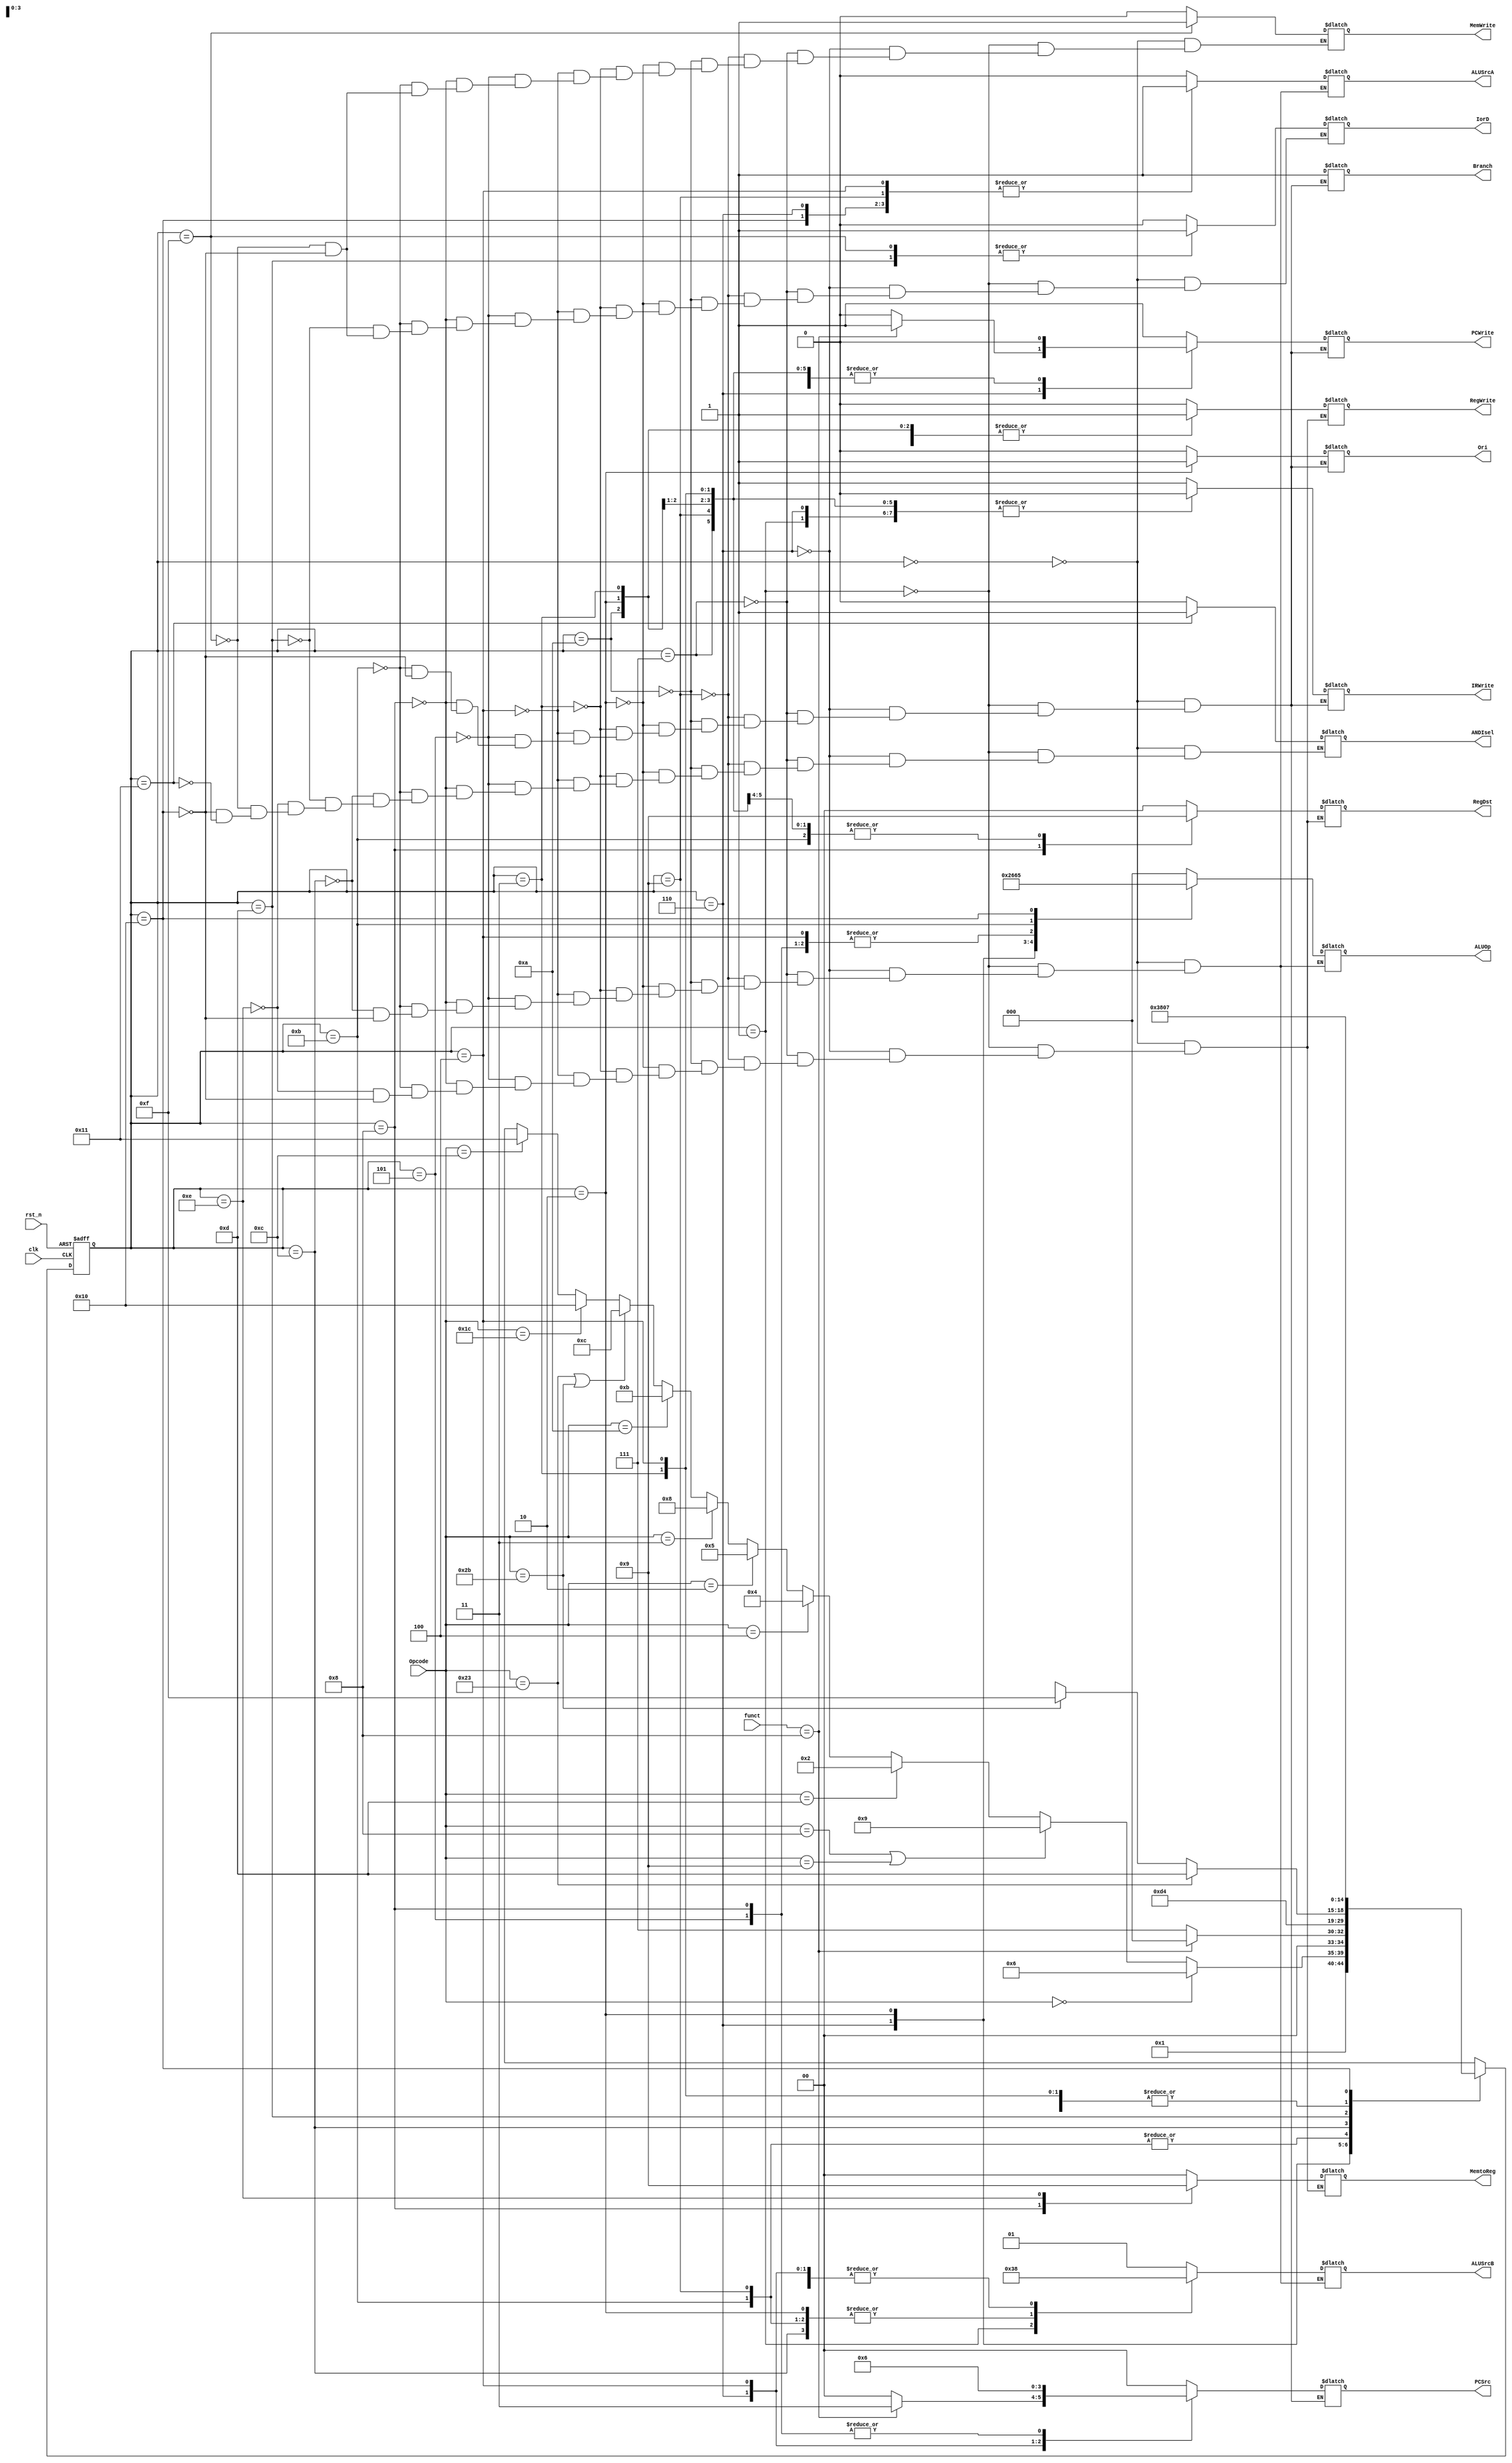
module Main_Controller(
input [5:0] Opcode, funct,
input clk, rst_n,
output reg IorD, ALUSrcA, IRWrite, MemWrite, PCWrite, RegWrite, Ori, Branch, ANDIsel,
output reg [1:0] ALUSrcB, PCSrc, MemtoReg, RegDst,
output reg [2:0] ALUOp
);

reg [4:0] state, next;

localparam [4:0] FETCH = 5'd0,
					 DECODE = 5'd1,
					 PEREX = 5'd2,//PER: peripheral
					 PERWB = 5'd3,
					 BRANCH = 5'd4,
					 JUMP = 5'd5,
					 JAL = 5'd8,
					 ADDIEX = 5'd9,
					 ADDIWB = 5'd10,
					 EXEC = 5'd6,
					 ALUWB = 5'd7,
					 SLTI = 5'd11,				
					 MEMADR = 5'd12,
					 MEMREAD = 5'd13,
					 MEMWB = 5'd14,
					 MEMWRITE = 5'd15,
					 MULT = 5'd16,
					 ANDI = 5'd17;
					 
always @(posedge clk or negedge rst_n)
	if (!rst_n) begin 
		state <= FETCH;
		 
		//PCSrc <= 1'bx;
		end
	else state <= next;
	always @(state) begin
		next <= 4'bx;
		case(state)
			FETCH: begin
				PCWrite <= 1; 
				IorD <= 0; 
				MemWrite <= 0; 
				IRWrite <= 1; 
				RegDst <= 2'bx; 
				MemtoReg <= 2'bx; 
				RegWrite <= 0;
				ALUSrcA <= 0; 
				ALUSrcB <= 2'b01; 
				ALUOp <= 3'b000; 
				PCSrc <= 2'b0;
				Ori<=1'bx;
				Branch<=1'bx;
				ANDIsel <= 0;
				next <= DECODE;
			end
			DECODE:begin
				PCWrite <= 0; 
				IorD <= 0; 
				MemWrite <= 0; 
				IRWrite <= 0; 
				RegDst <= 2'bx; 
				MemtoReg <= 2'bx; 
				RegWrite <= 0;
				ALUSrcA <= 0; 
				ALUSrcB <= 2'b11; 
				ALUOp <= 3'b000; 
				PCSrc <= 2'b0;
				Ori<=1'b0;
				Branch<=1'bx;
				ANDIsel <= 0;
			
				if (Opcode == 6'b0 ) next <= EXEC;
				else if (Opcode == 6'h8 || Opcode == 6'h9) next <= ADDIEX;
				else if (Opcode == 6'hd) next <= PEREX;
				else if (Opcode == 6'h4) next <= BRANCH;
				else if (Opcode == 6'h2) next <= JUMP;
				else if (Opcode == 6'h3) next <= JAL;
				else if (Opcode == 6'ha) next <= SLTI;
				else if (Opcode == 6'h23 || Opcode == 6'h2b) next <= MEMADR;				
				else if (Opcode == 6'h1c) next <= MULT;
				else if (Opcode == 6'hc) next <= ANDI;
				
				
			end
			EXEC:begin
				MemtoReg <= 2'b00;
				RegDst <= 2'b00;
				IorD <= 0; 
				PCSrc <= 2'b0; 
				ALUSrcA <= 1; 
				IRWrite <= 0; 
				MemWrite <= 0; 
				PCWrite <= 0; 
				RegWrite <= 0;
				ALUSrcB <= 00;
				ALUOp <= 3'b010;
				Ori<=1'bx;
				ANDIsel <= 0;
				Branch<=1'bx;
				if (funct == 6'h8) begin 
					PCSrc <= 2'b11; 
					PCWrite <= 1; 
					next <= FETCH;
				end				
				else next <= ALUWB;
				
				
			end
			ALUWB:begin
				MemtoReg <= 2'b00;
				RegDst <= 2'b01;
				IorD <= 0; 
				PCSrc <= 2'b0; 
				ALUSrcA <= 0; 
				IRWrite <= 0; 
				MemWrite <= 0; 
				PCWrite <= 0; 				
				RegWrite <= 1;
				ALUSrcB <= 01;
				ALUOp <= 3'b000;
				Ori<=1'bx;
				Branch<=1'bx;
				ANDIsel <= 0;
				next <= FETCH;
			end
			ADDIEX: begin
				PCWrite <= 0; 
				IorD <= 1'bx; 
				MemWrite <= 0; 
				IRWrite <= 0; 
				RegDst <= 2'b01; 
				MemtoReg <= 2'bxx;  
				RegWrite <= 0;
				ALUSrcA <= 01; 
				ALUSrcB <= 2'b10; 
				ALUOp <= 3'b000; 
				PCSrc <= 2'bx;
				Ori<=1'b0;
				Branch<=1'bx;
				ANDIsel <= 0;
				next <= ADDIWB;
			end
			ADDIWB: begin
				PCWrite <= 0; 
				IorD <= 1'bx; 
				MemWrite <= 0; 
				IRWrite <= 0; 
				RegDst <= 2'b00; 
				MemtoReg <= 2'b00; 
				RegWrite <= 1;
				ALUSrcA <= 1'bx; 
				ALUSrcB <= 2'bx; 
				ALUOp <= 3'bx; 
				PCSrc <= 2'bx;
				Ori<=1'bx;
				Branch<=1'bx;
				ANDIsel <= 0;
				next <= FETCH;
				end
			PEREX: begin
				PCWrite <= 0; 
				IorD <= 1'bx; 
				MemWrite <= 0; 
				IRWrite <= 0; 
				RegDst <= 2'b00; 
				MemtoReg <= 2'b00; 
				RegWrite <= 1;
				ALUSrcA <= 1'bx; 
				ALUSrcB <= 2'b10; 
				ALUOp <= 3'b011; 
				PCSrc <= 2'bx;
				Ori<=1'b1;
				Branch<=1'bx;
				ANDIsel <= 0;
				next <= PERWB;
				end
			PERWB: begin
				PCWrite <= 0; 
				IorD <= 1'bx; 
				MemWrite <= 0; 
				IRWrite <= 0; 
				RegDst <= 2'b00; 
				MemtoReg <= 2'b00; 
				RegWrite <= 1;
				ALUSrcA <= 1'bx; 
				ALUSrcB <= 2'bx; 
				ALUOp <= 3'bx; 
				PCSrc <= 2'bx;
				Ori<=1'bx;
				Branch<=1'bx;
				ANDIsel <= 0;
				next <= FETCH;
				end
			BRANCH: begin
				PCWrite <= 0; 
				IorD <= 1'bx; 
				MemWrite <= 0; 
				IRWrite <= 0; 
				RegDst <= 2'bx; 
				MemtoReg <= 2'bx;  
				RegWrite <= 0;
				ALUSrcA <= 1; 
				ALUSrcB <= 2'b00; 
				ALUOp <= 3'b001; 
				PCSrc <=2'b01;
				Ori<=1'b0;
				Branch<=1'b1;
				ANDIsel <= 0;
				next <= FETCH;
				end
			JUMP: begin
				PCWrite <= 1; 
				IorD <= 1'bx; 
				MemWrite <= 0; 
				IRWrite <= 0; 
				RegDst <= 2'bx; 
				MemtoReg <= 2'bx; 
				RegWrite <= 0;
				ALUSrcA <= 1; 
				ALUSrcB <= 2'b00; 
				ALUOp <= 3'b001; 
				PCSrc <=2'b10;
				Ori<=1'b0;
				Branch<=1'b1;
				ANDIsel <= 0;
				next <= FETCH;
				end
			JAL: begin
				PCWrite <= 1; 
				IorD <= 1'bx; 
				MemWrite <= 0; 
				IRWrite <= 0; 
				RegDst <= 2'b10; 
				MemtoReg <= 2'b10; 
				RegWrite <= 1;
				ALUSrcA <= 1; 
				ALUSrcB <= 2'b00; 
				ALUOp <= 3'b001; 
				PCSrc <=2'b10;
				Ori<=1'b0;
				Branch<=1'b1;
				ANDIsel <= 0;
				next <= FETCH;
				end
			SLTI: begin
				PCWrite <= 0; 
				IorD <= 1'bx; 
				MemWrite <= 0; 
				IRWrite <= 0; 
				RegDst <= 2'b01; 
				MemtoReg <= 2'b00;  
				RegWrite <= 1;
				ALUSrcA <= 01; 
				ALUSrcB <= 2'b10; 
				ALUOp <= 3'b100; 
				PCSrc <= 2'bx;
				Ori<=1'b0;
				Branch<=1'bx;
				ANDIsel <= 0;
				next <= ADDIWB;
			end
			// === MEMORY =================
			MEMADR: begin
				ALUSrcA <= 1'b1;
				ALUSrcB <= 2'b10;
				ALUOp <= 3'b000;
				ANDIsel <= 0;
				
				if(Opcode == 6'h23) next <= MEMREAD;
				else if (Opcode == 6'h2b) next <= MEMWRITE;
				end
			
			MEMREAD: begin 
				IorD <= 1;
				ANDIsel <= 0;
				next <= MEMWB;
				end
				
			MEMWB: begin
				RegDst <= 2'b0;
				MemtoReg <= 2'b01;
				RegWrite <= 2'b01;
				ANDIsel <= 0;
				next <= FETCH;
				end
				
			MEMWRITE: begin
				IorD <= 1;
				MemWrite <= 1;
				ANDIsel <= 0;
				next <= FETCH;
				
				end
				
			MULT: begin
				MemtoReg <= 2'b00;
				RegDst <= 2'b00;
				IorD <= 0; 
				PCSrc <= 2'b0; 
				ALUSrcA <= 1; 
				IRWrite <= 0; 
				MemWrite <= 0; 
				PCWrite <= 0; 
				RegWrite <= 0;
				ALUSrcB <= 00;
				ALUOp <= 3'b101;
				Ori<=1'bx;
				Branch<=1'bx;
				ANDIsel <= 0;
							
				next <= ALUWB;
			end
			
			ANDI: begin
				ANDIsel <= 1;
				
			end
			
			endcase
			
	end

endmodule